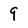
Character: 9